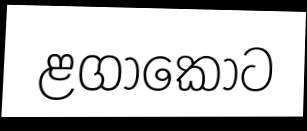
ළගාකොට